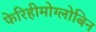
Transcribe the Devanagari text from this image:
फेरिहीमोग्लोबिन